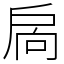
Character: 扄